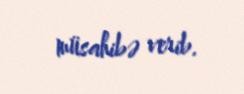
müsahibə verib.